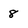
Character: 8